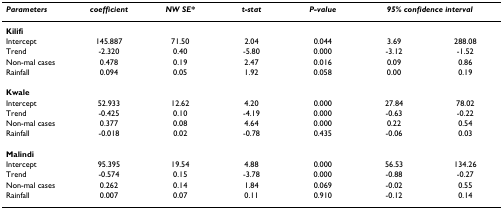
| Parameters | coefficient | NW SE* | t-stat | P-value | <COLSPAN=2> 95% confidence interval |
 | --- | --- | --- | --- | --- | --- | --- |
 | Kilifi |  |  |  |  |  |  |
 | Intercept | 145.887 | 71.50 | 2.04 | 0.044 | 3.69 | 288.08 |
 | Trend | -2.320 | 0.40 | -5.80 | 0.000 | -3.12 | -1.52 |
 | Non-mal cases | 0.478 | 0.19 | 2.47 | 0.016 | 0.09 | 0.86 |
 | Rainfall | 0.094 | 0.05 | 1.92 | 0.058 | 0.00 | 0.19 |
 | Kwale |  |  |  |  |  |  |
 | Intercept | 52.933 | 12.62 | 4.20 | 0.000 | 27.84 | 78.02 |
 | Trend | -0.425 | 0.10 | -4.19 | 0.000 | -0.63 | -0.22 |
 | Non-mal cases | 0.377 | 0.08 | 4.64 | 0.000 | 0.22 | 0.54 |
 | Rainfall | -0.018 | 0.02 | -0.78 | 0.435 | -0.06 | 0.03 |
 | Malindi |  |  |  |  |  |  |
 | Intercept | 95.395 | 19.54 | 4.88 | 0.000 | 56.53 | 134.26 |
 | Trend | -0.574 | 0.15 | -3.78 | 0.000 | -0.88 | -0.27 |
 | Non-mal cases | 0.262 | 0.14 | 1.84 | 0.069 | -0.02 | 0.55 |
 | Rainfall | 0.007 | 0.07 | 0.11 | 0.910 | -0.12 | 0.14 |